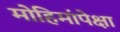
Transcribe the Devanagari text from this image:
मोहिमांपेक्षा